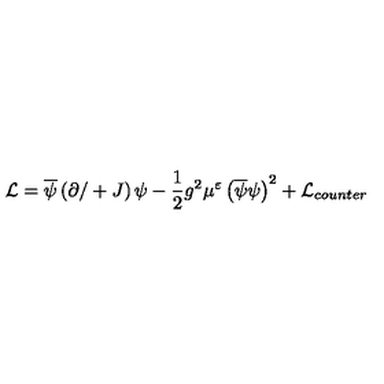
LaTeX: { \cal L } = \overline { { \psi } } \left( \partial / + J \right) \psi - \frac { 1 } { 2 } g ^ { 2 } \mu ^ { \varepsilon } \left( \overline { { \psi } } \psi \right) ^ { 2 } + { \cal L } _ { c o u n t e r }